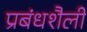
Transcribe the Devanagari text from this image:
प्रबंधशैली